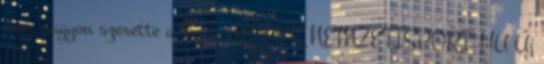
nem nagyon szerette a focit – KÉPEK NEMZETISPORT.HU Új